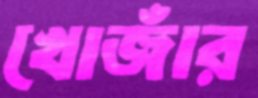
খোজাঁর